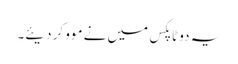
یہ دو ٹاپکس میں نے موو کر دیئے۔